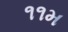
૧૧મ